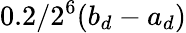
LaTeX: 0.2/2^{6}(b_{d}-a_{d})